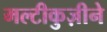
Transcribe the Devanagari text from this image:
मल्टीकुज़ीने